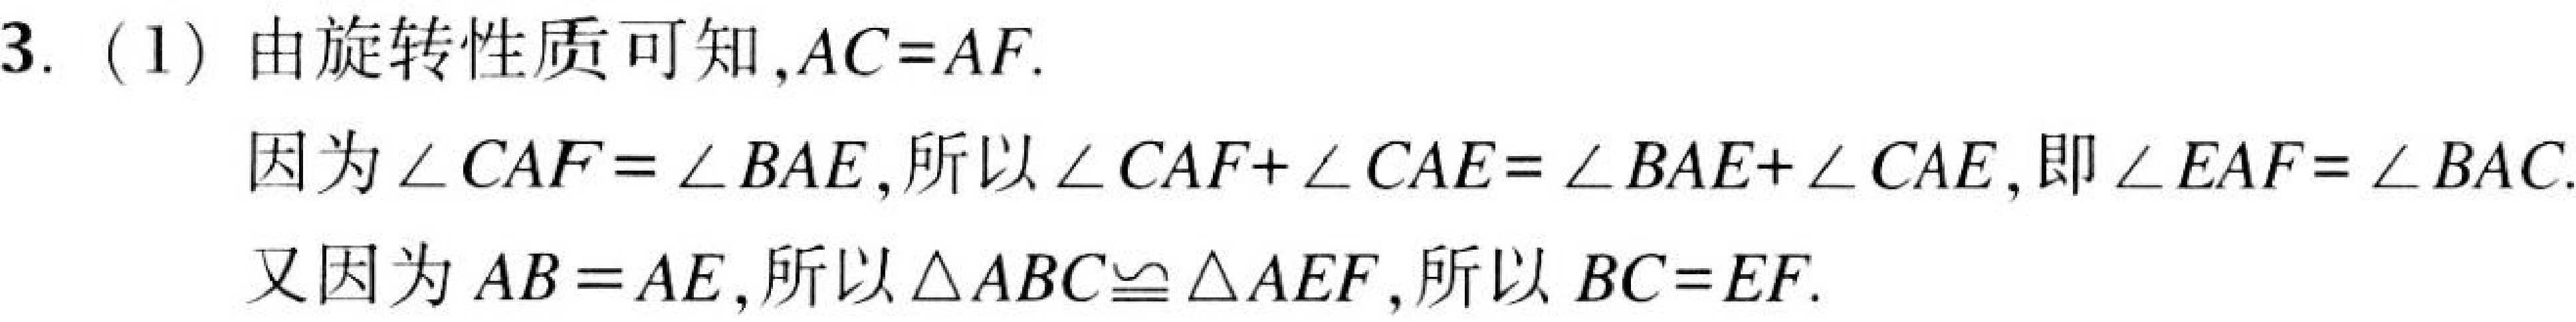
3. (1) 由旋转性质可知，\(AC = AF\).
因为\(\angle CAF=\angle BAE\)，所以\(\angle CAF+\angle CAE=\angle BAE+\angle CAE\)，即\(\angle EAF=\angle BAC\).
又因为\(AB = AE\)，所以\(\triangle ABC\cong\triangle AEF\)，所以\(BC = EF\).